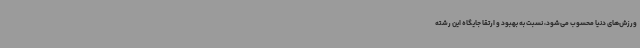
ورزش‌های دنیا محسوب می‌شود، نسبت به بهبود و ارتقا جایگاه این رشته